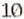
10